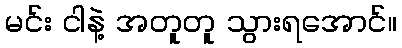
မင်း ငါနဲ့ အတူတူ သွားရအောင်။